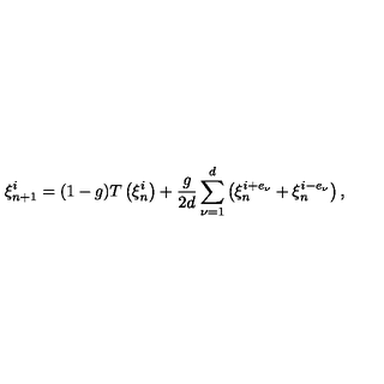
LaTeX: \xi _ { n + 1 } ^ { i } = ( 1 - g ) T \left( \xi _ { n } ^ { i } \right) + \frac { g } { 2 d } \sum _ { \nu = 1 } ^ { d } \left( \xi _ { n } ^ { i + e _ { \nu } } + \xi _ { n } ^ { i - e _ { \nu } } \right) ,